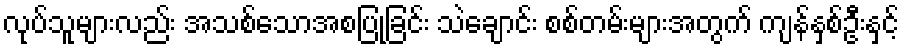
လုပ်သူများလည်း အသစ်သောအစပြုခြင်း သဲချောင်း စစ်တမ်းများအတွက် ကျန်နှစ်ဦးနှင့်